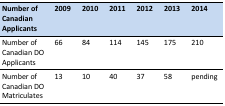
<table><thead><tr><td><b>Number of Canadian Applicants</b></td><td><b>2009</b></td><td><b>2010</b></td><td><b>2011</b></td><td><b>2012</b></td><td><b>2013</b></td><td><b>2014</b></td></tr></thead><tbody><tr><td>Number of Canadian DO Applicants</td><td>66</td><td>84</td><td>114</td><td>145</td><td>175</td><td>210</td></tr><tr><td>Number of Canadian DO Matriculates</td><td>13</td><td>10</td><td>40</td><td>37</td><td>58</td><td>pending</td></tr></tbody></table>